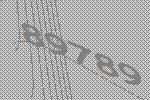
89789